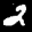
Label: 2